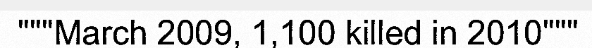
"""March 2009, 1,100 killed in 2010"""